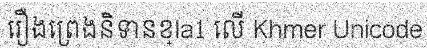
រឿងព្រេងនិទានខ្la1 លើ Khmer Unicode